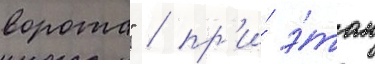
ворота" / пр'и́ э́том